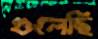
গুলেছি